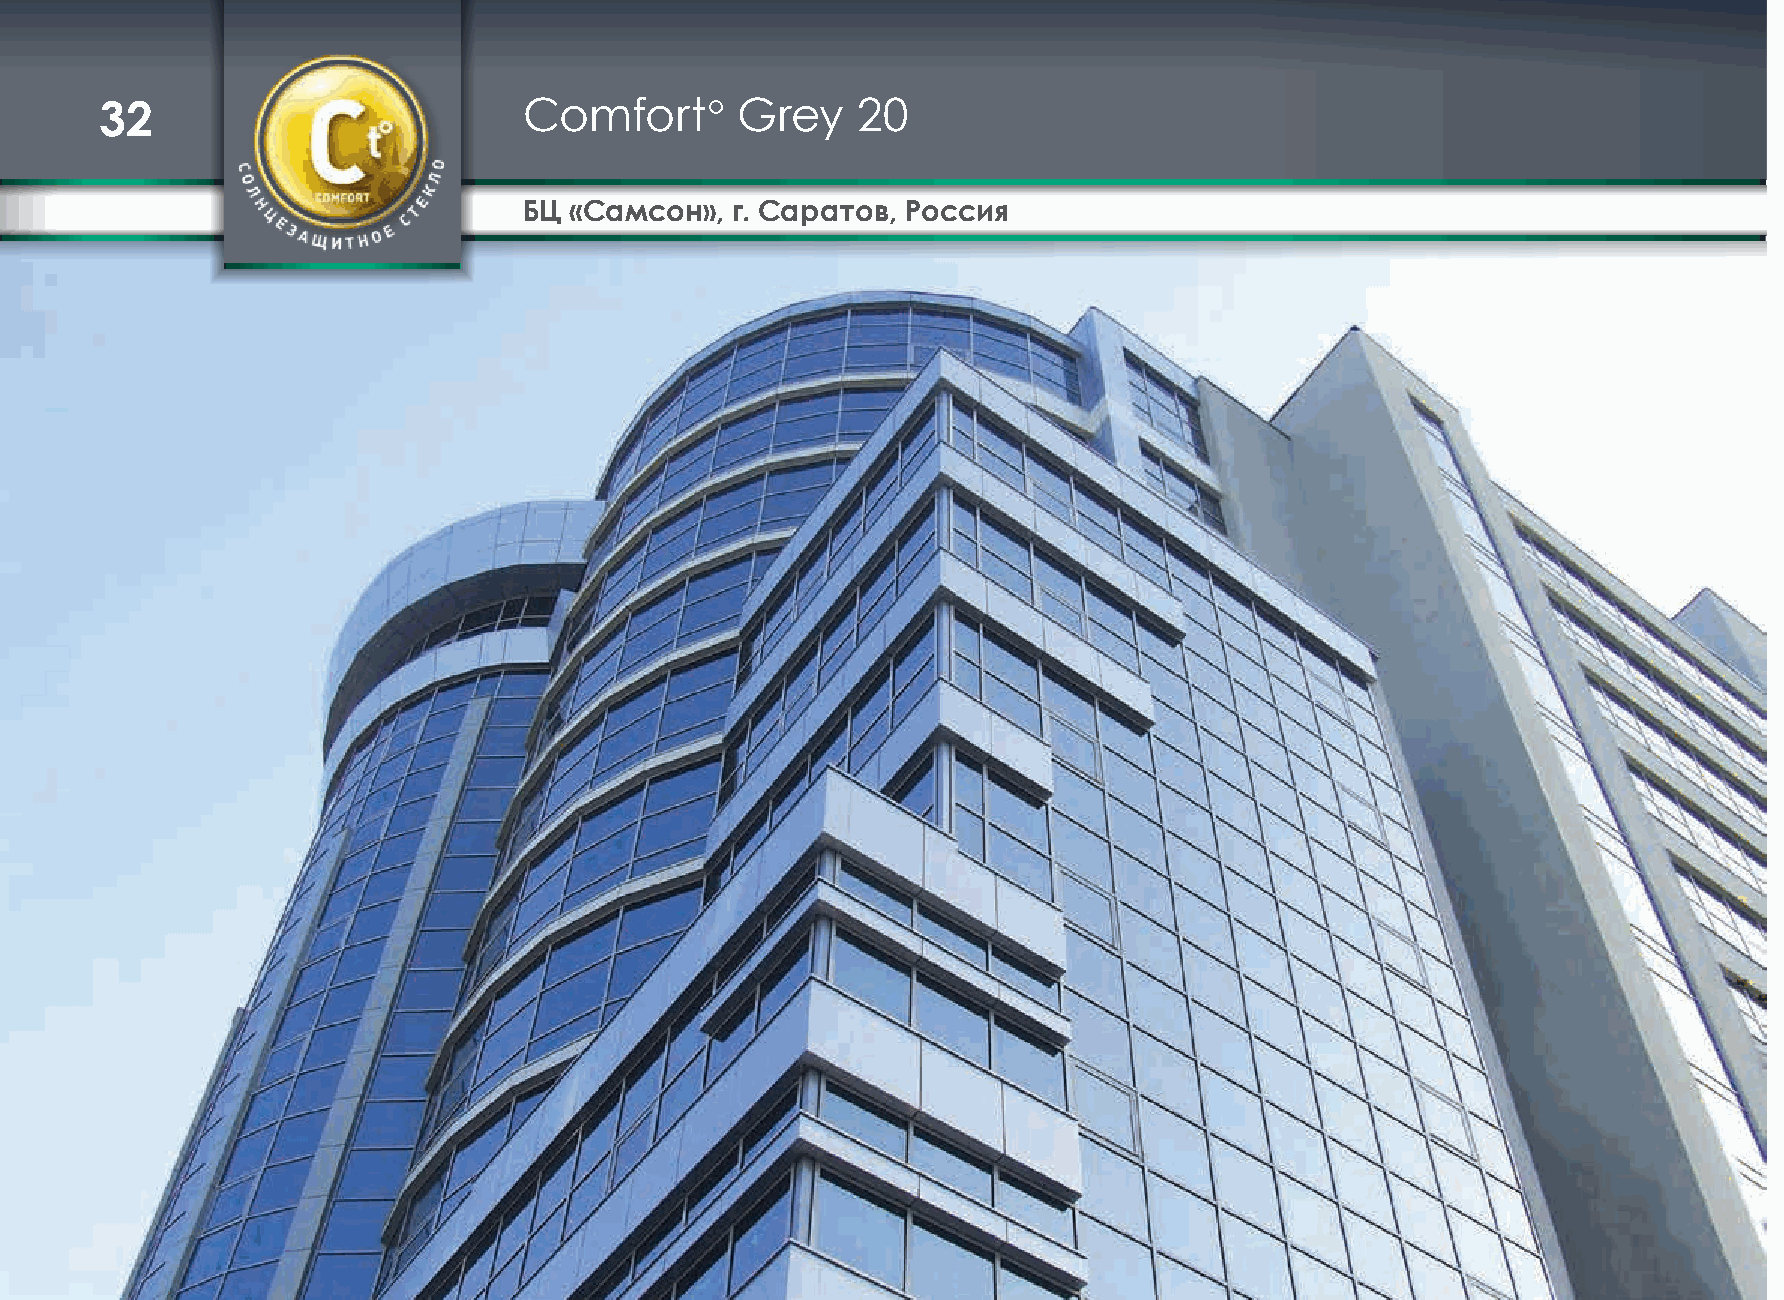
32                          Comfort°      Grey    20
 БЦ «Самсон», г. Саратов, Россия